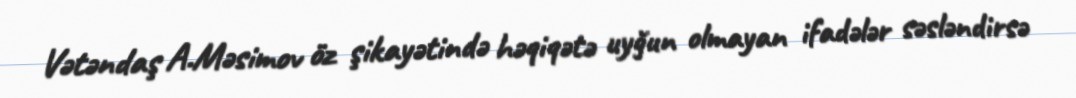
Vətəndaş A.Məsimov öz şikayətində həqiqətə uyğun olmayan ifadələr səsləndirsə